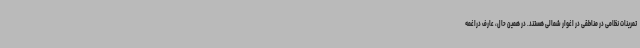
تمرینات نظامی در مناطقی در اغوار شمالی هستند. در همین حال، عارف دراغمه